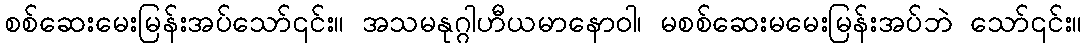
စစ်ဆေးမေးမြန်းအပ်သော်၎င်း။ အသမနုဂ္ဂါဟီယမာနောဝါ၊ မစစ်ဆေးမမေးမြန်းအပ်ဘဲ သော်၎င်း။